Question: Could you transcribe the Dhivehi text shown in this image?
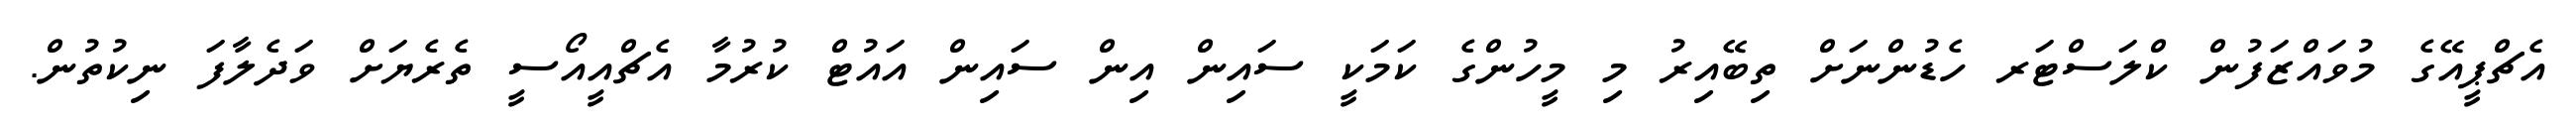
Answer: އެޗްޕީއޭގެ މުވައްޒަފުން ކްލަސްޓަރ ހެޑުންނަށް ތިބޭއިރު މި މީހުންގެ ކަމަކީ ސައިން އިން ސައިން އައުޓް ކުރުމާ އެޗްއީއޯސީ ތެރެޔަށް ވަދެލާފަ ނިކުތުން.